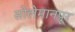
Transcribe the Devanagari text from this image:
सोलेमानपूर